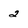
Character: 2